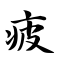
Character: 疲